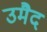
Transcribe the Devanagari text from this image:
उमैद